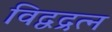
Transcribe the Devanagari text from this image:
विद्वद्रत्न